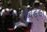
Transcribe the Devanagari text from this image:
कब्बड्डी